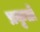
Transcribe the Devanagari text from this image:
प्रकृतों